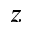
z